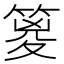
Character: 䈦